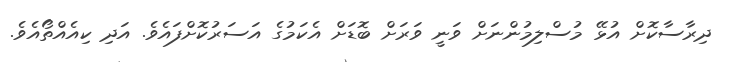
ދިރާސާކޮށް އުޅޭ މުސްލިމުންނަށް ވަނީ ވަރަށް ބޮޑަށް އެކަމުގެ އަސަރުކޮށްފައެވެ. އަދި ކިއެއްތޯއެވެ.